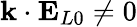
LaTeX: \mathbf{k}\cdot\mathbf{E}_{L0}\neq 0